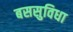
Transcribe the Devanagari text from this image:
बससुविधा